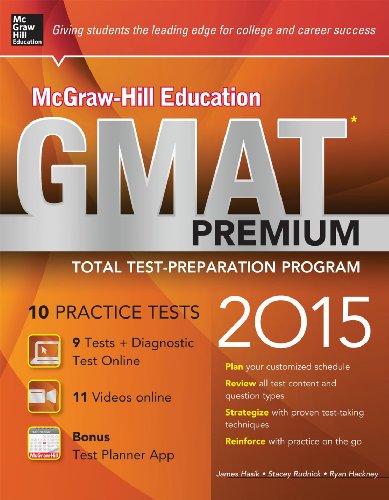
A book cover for McGraw-Hill Education GMAT Premium, 2015 Edition; James Hasik; Test Preparation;